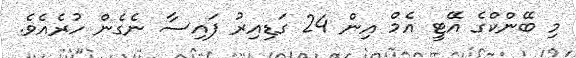
މި ބޭންކްގެ އޭޓީ އެމް އިން 24 ގަޑިއިރު ފައިސާ ނެގެން ހުރެއެވެ.